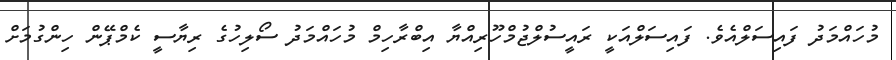
މުހައްމަދު ފައިސަލްއެވެ. ފައިސަލްއަކީ ރައީސުލްޖުމްހޫރިއްޔާ އިބްރާހިމް މުހައްމަދު ސޯލިހުގެ ރިޔާސީ ކެމްޕޭން ހިންގުމަށް